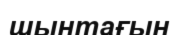
шынтағын